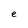
Character: e